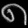
Digit: ၈